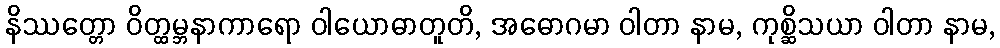
နိဿတ္တော ဝိတ္ထမ္ဘနာကာရော ဝါယောဓာတူတိ, အဓောဂမာ ဝါတာ နာမ, ကုစ္ဆိသယာ ဝါတာ နာမ,